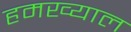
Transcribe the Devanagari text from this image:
हमख्याल